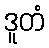
ဒူတံ